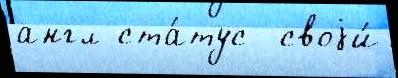
англ ста́тус  своjи́